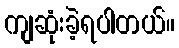
ကျဆုံးခဲ့ရပါတယ်။